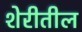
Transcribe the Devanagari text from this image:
शेरीतील